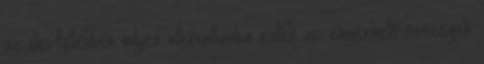
az idei félévben milyen intervallumba estek az elnyerhető összegek